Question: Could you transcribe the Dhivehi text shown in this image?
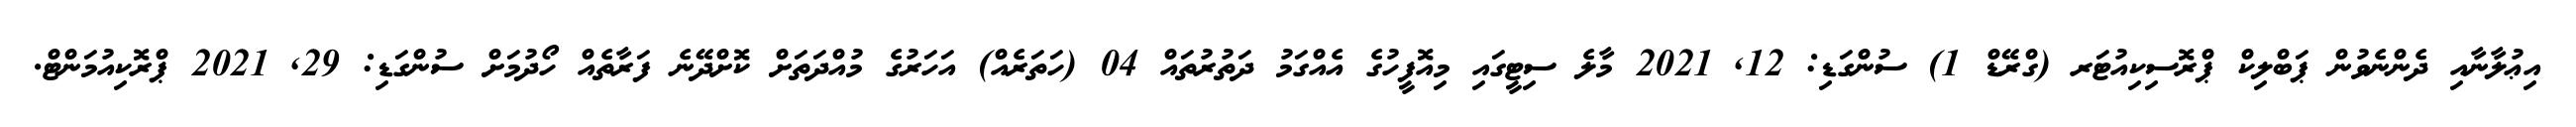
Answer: އިޢުލާނާއި ދެންނެވުން ޕަބްލިކް ޕްރޮސިކިއުޓަރ (ގްރޭޑް 1) ސުންގަޑި: 12, 2021 މާލެ ސިޓީގައި މިއޮފީހުގެ އެއްގަމު ދަތުރުތައް 04 (ހަތަރެއް) އަހަރުގެ މުއްދަތަށް ކޮށްދޭނެ ފަރާތެއް ހޯދުމަށް ސުންގަޑި: 29, 2021 ޕްރޮކިއުމަންޓް.